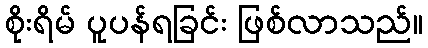
စိုးရိမ် ပူပန်ရခြင်း ဖြစ်လာသည်။